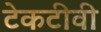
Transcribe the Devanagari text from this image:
टेकटीवी